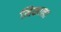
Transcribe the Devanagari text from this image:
निकाला